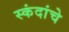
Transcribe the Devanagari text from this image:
स्कंदांचे